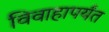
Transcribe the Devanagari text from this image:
विवाहापर्यंत